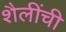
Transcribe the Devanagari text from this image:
शैलींची